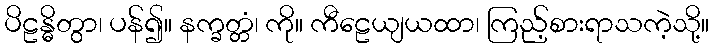
ပိဠန္ဓိတွာ၊ ပန်၍။ နက္ခတ္တံ၊ ကို။ ကီဠေယျယထာ၊ ကြည့်စားရာသကဲ့သို့။